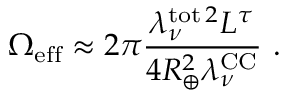
\Omega _ { \mathrm { e f f } } \approx 2 \pi \frac { \lambda _ { \nu } ^ { \mathrm { t o t } \, 2 } L ^ { \tau } } { 4 R _ { \oplus } ^ { 2 } \lambda _ { \nu } ^ { \mathrm { C C } } } \ .